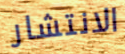
الانتشار